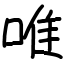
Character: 唯